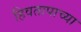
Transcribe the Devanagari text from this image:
हिवतापाच्या